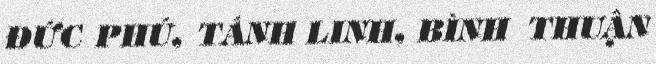
ĐỨC PHÚ, TÁNH LINH, BÌNH THUẬN